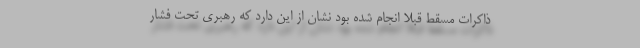
ذاکرات مسقط قبلا انجام شده بود نشان از این دارد که رهبری تحت فشار